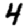
Digit: 4